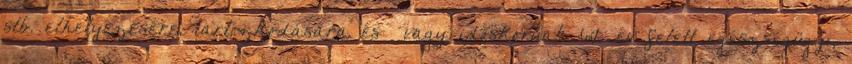
stb. elhelyezésére, tartózkodására és vagy idõskorúak 60 év felett egészségügyi,